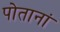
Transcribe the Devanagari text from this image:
पोतानां